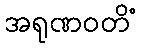
အရုဏဝတိံ